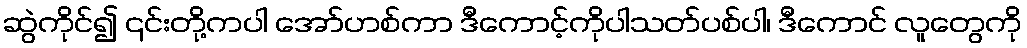
ဆွဲကိုင်၍ ၎င်းတို့ကပါ အော်ဟစ်ကာ ဒီကောင့်ကိုပါသတ်ပစ်ပါ၊ ဒီကောင် လူတွေကို